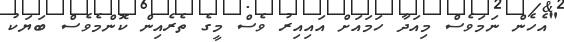
"އެހެން ނަމަވެސް މިއަދާ ހަމައަށް އައިއިރު ވެސް މީގެ ތެރެއިން ކޮންމެވެސް ބަޔަކު